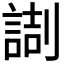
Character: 𠟸